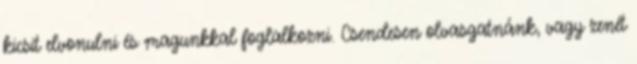
kicsit elvonulni és magunkkal foglalkozni. Csendesen olvasgatnánk, vagy zenét